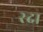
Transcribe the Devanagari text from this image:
रदा